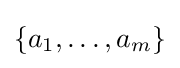
\{a_{1},\ldots ,a_{m}\}